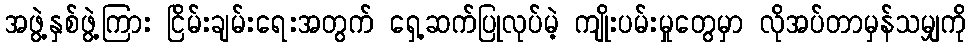
အဖွဲ့နှစ်ဖွဲ့ကြား ငြိမ်းချမ်းရေးအတွက် ရှေ့ဆက်ပြုလုပ်မဲ့ ကျိုးပမ်းမှုတွေမှာ လိုအပ်တာမှန်သမျှကို